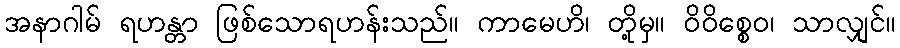
အနာဂါမ် ရဟန္တာ ဖြစ်သောရဟန်းသည်။ ကာမေဟိ၊ တို့မှ။ ဝိဝိစ္စေဝ၊ သာလျှင်။